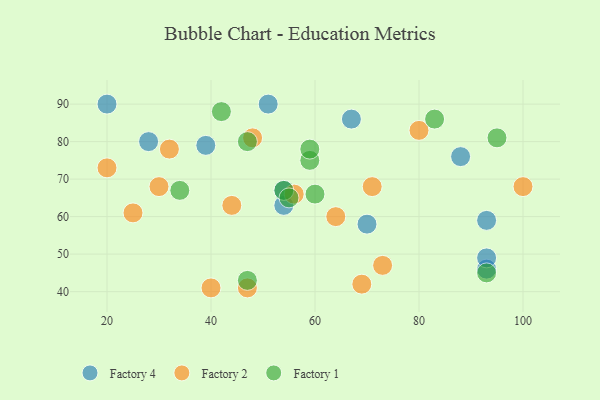
{"axis": {"x": "GDP", "y": "Life Expectancy"}, "legend": ["Factory 1", "Factory 2", "Factory 4"], "data": [{"x": "39", "y": 79, "type": "Factory 4"}, {"x": "70", "y": 58, "type": "Factory 4"}, {"x": "28", "y": 80, "type": "Factory 4"}, {"x": "93", "y": 59, "type": "Factory 4"}, {"x": "93", "y": 46, "type": "Factory 4"}, {"x": "20", "y": 90, "type": "Factory 4"}, {"x": "88", "y": 76, "type": "Factory 4"}, {"x": "93", "y": 49, "type": "Factory 4"}, {"x": "54", "y": 63, "type": "Factory 4"}, {"x": "54", "y": 67, "type": "Factory 4"}, {"x": "51", "y": 90, "type": "Factory 4"}, {"x": "67", "y": 86, "type": "Factory 4"}, {"x": "30", "y": 68, "type": "Factory 2"}, {"x": "25", "y": 61, "type": "Factory 2"}, {"x": "20", "y": 73, "type": "Factory 2"}, {"x": "64", "y": 60, "type": "Factory 2"}, {"x": "71", "y": 68, "type": "Factory 2"}, {"x": "100", "y": 68, "type": "Factory 2"}, {"x": "48", "y": 81, "type": "Factory 2"}, {"x": "47", "y": 41, "type": "Factory 2"}, {"x": "80", "y": 83, "type": "Factory 2"}, {"x": "40", "y": 41, "type": "Factory 2"}, {"x": "69", "y": 42, "type": "Factory 2"}, {"x": "56", "y": 66, "type": "Factory 2"}, {"x": "73", "y": 47, "type": "Factory 2"}, {"x": "32", "y": 78, "type": "Factory 2"}, {"x": "44", "y": 63, "type": "Factory 2"}, {"x": "95", "y": 81, "type": "Factory 1"}, {"x": "54", "y": 67, "type": "Factory 1"}, {"x": "60", "y": 66, "type": "Factory 1"}, {"x": "83", "y": 86, "type": "Factory 1"}, {"x": "59", "y": 75, "type": "Factory 1"}, {"x": "47", "y": 80, "type": "Factory 1"}, {"x": "34", "y": 67, "type": "Factory 1"}, {"x": "42", "y": 88, "type": "Factory 1"}, {"x": "55", "y": 65, "type": "Factory 1"}, {"x": "47", "y": 43, "type": "Factory 1"}, {"x": "59", "y": 78, "type": "Factory 1"}, {"x": "93", "y": 45, "type": "Factory 1"}]}